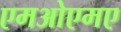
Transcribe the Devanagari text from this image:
एमओएमए